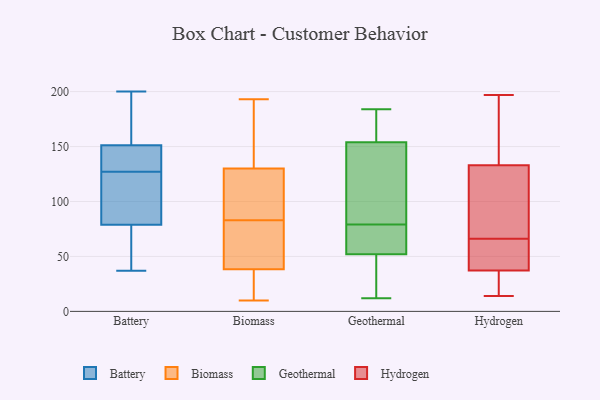
{"axis": {"x": "Bounce Rate (%)", "y": "Value"}, "legend": ["Battery", "Biomass", "Geothermal", "Hydrogen"], "data": [{"x": "", "y": 50, "type": "Battery"}, {"x": "", "y": 102, "type": "Battery"}, {"x": "", "y": 52, "type": "Battery"}, {"x": "", "y": 152, "type": "Battery"}, {"x": "", "y": 175, "type": "Battery"}, {"x": "", "y": 146, "type": "Battery"}, {"x": "", "y": 102, "type": "Battery"}, {"x": "", "y": 147, "type": "Battery"}, {"x": "", "y": 174, "type": "Battery"}, {"x": "", "y": 37, "type": "Battery"}, {"x": "", "y": 123, "type": "Battery"}, {"x": "", "y": 71, "type": "Battery"}, {"x": "", "y": 149, "type": "Battery"}, {"x": "", "y": 152, "type": "Battery"}, {"x": "", "y": 127, "type": "Battery"}, {"x": "", "y": 59, "type": "Battery"}, {"x": "", "y": 200, "type": "Battery"}, {"x": "", "y": 147, "type": "Battery"}, {"x": "", "y": 109, "type": "Battery"}, {"x": "", "y": 10, "type": "Biomass"}, {"x": "", "y": 180, "type": "Biomass"}, {"x": "", "y": 83, "type": "Biomass"}, {"x": "", "y": 10, "type": "Biomass"}, {"x": "", "y": 75, "type": "Biomass"}, {"x": "", "y": 45, "type": "Biomass"}, {"x": "", "y": 79, "type": "Biomass"}, {"x": "", "y": 100, "type": "Biomass"}, {"x": "", "y": 91, "type": "Biomass"}, {"x": "", "y": 28, "type": "Biomass"}, {"x": "", "y": 193, "type": "Biomass"}, {"x": "", "y": 39, "type": "Biomass"}, {"x": "", "y": 133, "type": "Biomass"}, {"x": "", "y": 38, "type": "Biomass"}, {"x": "", "y": 92, "type": "Biomass"}, {"x": "", "y": 22, "type": "Biomass"}, {"x": "", "y": 121, "type": "Biomass"}, {"x": "", "y": 171, "type": "Biomass"}, {"x": "", "y": 173, "type": "Biomass"}, {"x": "", "y": 55, "type": "Geothermal"}, {"x": "", "y": 64, "type": "Geothermal"}, {"x": "", "y": 122, "type": "Geothermal"}, {"x": "", "y": 12, "type": "Geothermal"}, {"x": "", "y": 47, "type": "Geothermal"}, {"x": "", "y": 107, "type": "Geothermal"}, {"x": "", "y": 184, "type": "Geothermal"}, {"x": "", "y": 170, "type": "Geothermal"}, {"x": "", "y": 160, "type": "Geothermal"}, {"x": "", "y": 60, "type": "Geothermal"}, {"x": "", "y": 110, "type": "Geothermal"}, {"x": "", "y": 79, "type": "Geothermal"}, {"x": "", "y": 20, "type": "Geothermal"}, {"x": "", "y": 136, "type": "Geothermal"}, {"x": "", "y": 175, "type": "Geothermal"}, {"x": "", "y": 166, "type": "Geothermal"}, {"x": "", "y": 51, "type": "Geothermal"}, {"x": "", "y": 64, "type": "Geothermal"}, {"x": "", "y": 39, "type": "Geothermal"}, {"x": "", "y": 54, "type": "Hydrogen"}, {"x": "", "y": 21, "type": "Hydrogen"}, {"x": "", "y": 18, "type": "Hydrogen"}, {"x": "", "y": 66, "type": "Hydrogen"}, {"x": "", "y": 66, "type": "Hydrogen"}, {"x": "", "y": 160, "type": "Hydrogen"}, {"x": "", "y": 166, "type": "Hydrogen"}, {"x": "", "y": 122, "type": "Hydrogen"}, {"x": "", "y": 55, "type": "Hydrogen"}, {"x": "", "y": 41, "type": "Hydrogen"}, {"x": "", "y": 124, "type": "Hydrogen"}, {"x": "", "y": 14, "type": "Hydrogen"}, {"x": "", "y": 186, "type": "Hydrogen"}, {"x": "", "y": 26, "type": "Hydrogen"}, {"x": "", "y": 89, "type": "Hydrogen"}, {"x": "", "y": 69, "type": "Hydrogen"}, {"x": "", "y": 197, "type": "Hydrogen"}]}